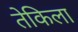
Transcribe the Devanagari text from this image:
तेकिला